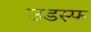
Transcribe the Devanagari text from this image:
उडस्फ